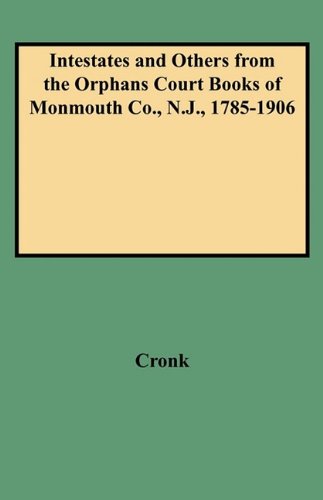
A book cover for Intestates and Others from the Orphans Court Books of Monmouth Co., N.J., 1785-1906; Judith B. Cronk; Law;